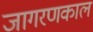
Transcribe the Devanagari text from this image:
जागरणकाल